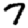
Digit: 7